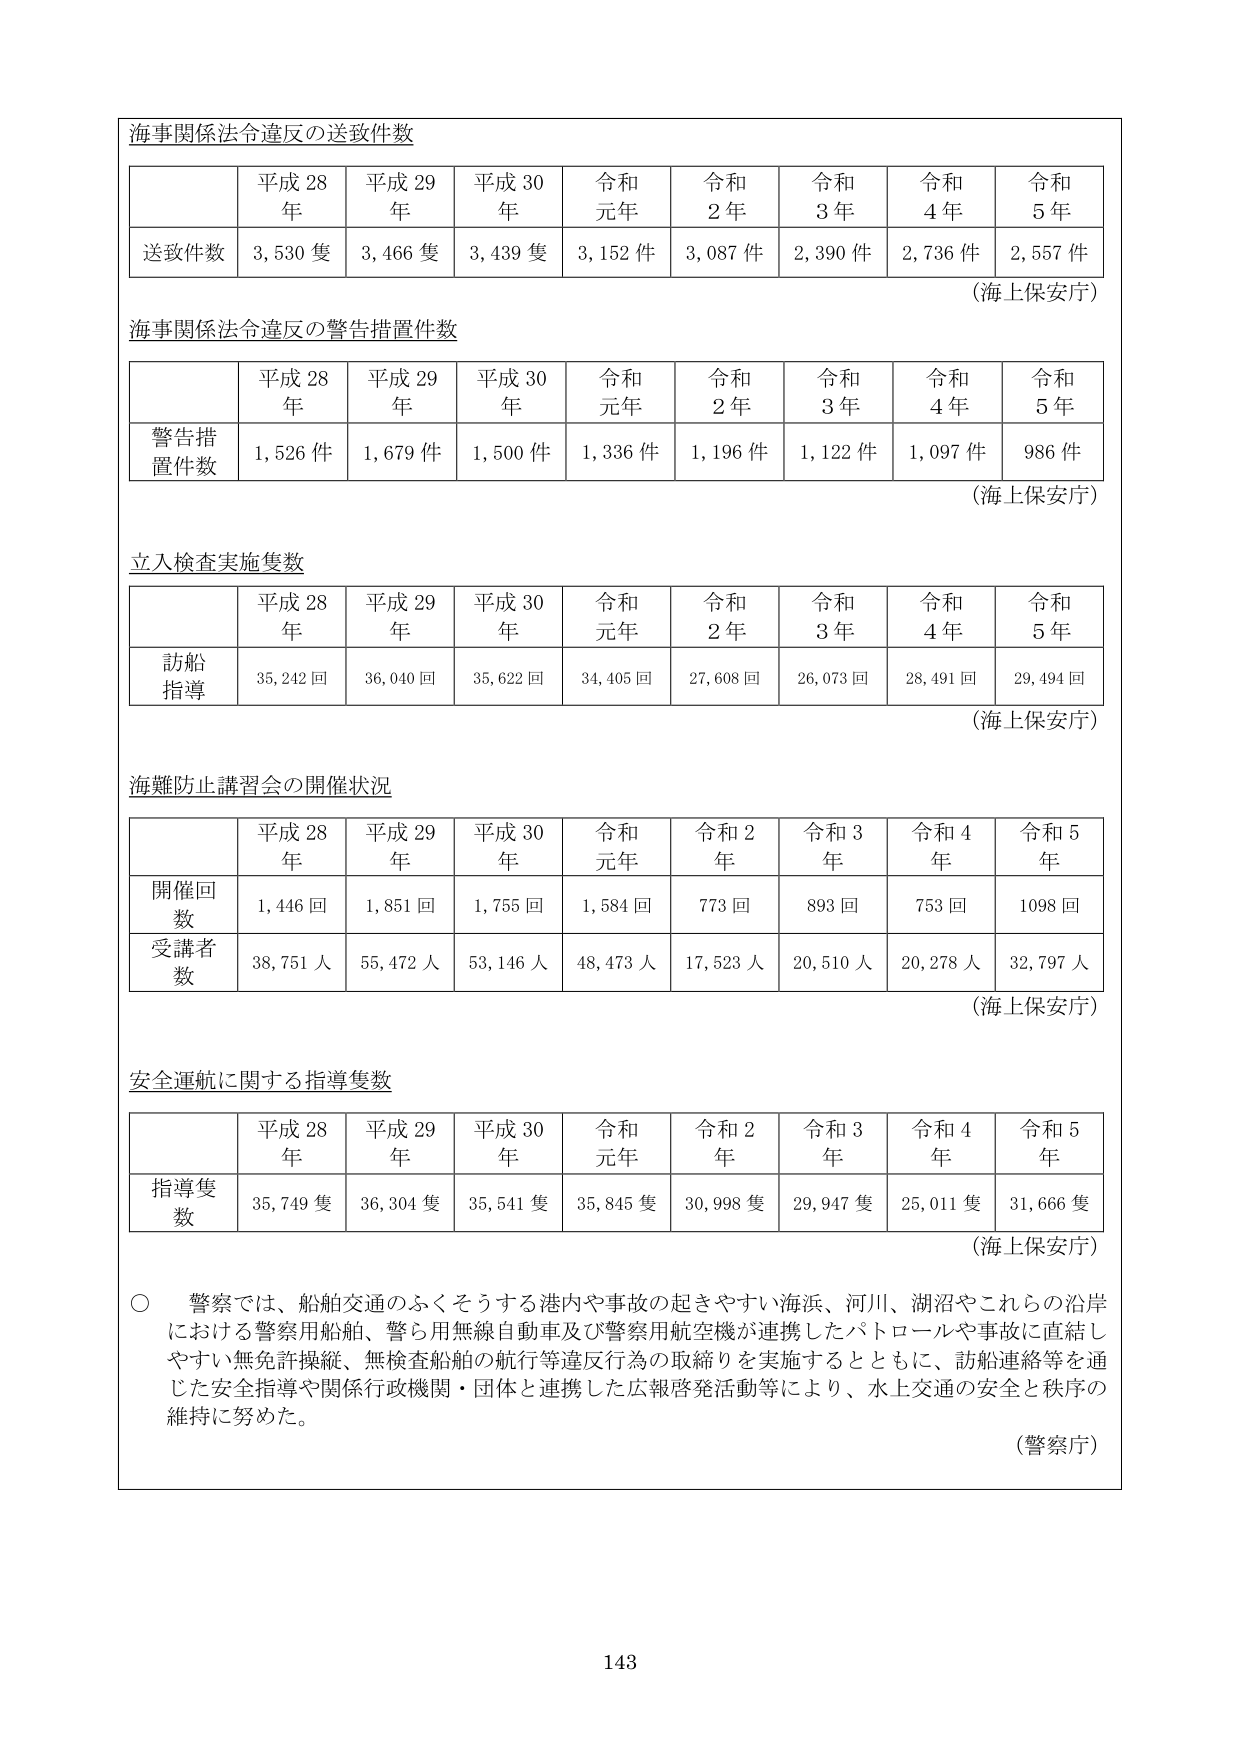
海事関係法令違反の送致件数

平成28年 平成29年 平成30年 令和元年 令和2年 令和3年 令和4年 令和5年
送致件数 3,530隻 3,466隻 3,439隻 3,152件 3,087件 2,390件 2,736件 2,557件
（海上保安庁）

海事関係法令違反の警告措置件数

平成28年 平成29年 平成30年 令和元年 令和2年 令和3年 令和4年 令和5年
警告措置件数 1,526件 1,679件 1,500件 1,336件 1,196件 1,122件 1,097件 986件
（海上保安庁）

立入検査実施隻数

平成28年 平成29年 平成30年 令和元年 令和2年 令和3年 令和4年 令和5年
訪船指導 35,242回 36,040回 35,622回 34,405回 27,608回 26,073回 28,491回 29,494回
（海上保安庁）

海難防止講習会の開催状況

平成28年 平成29年 平成30年 令和元年 令和2年 令和3年 令和4年 令和5年
開催回数 1,446回 1,851回 1,755回 1,584回 773回 893回 753回 1098回
受講者数 38,751人 55,472人 53,146人 48,473人 17,523人 20,510人 20,278人 32,797人
（海上保安庁）

安全運航に関する指導隻数

平成28年 平成29年 平成30年 令和元年 令和2年 令和3年 令和4年 令和5年
指導隻数 35,749隻 36,304隻 35,541隻 35,845隻 30,998隻 29,947隻 25,011隻 31,666隻
（海上保安庁）

○ 警察では、船舶交通のふくそうする港内や事故の起きやすい海浜、河川、湖沼やこれらの沿岸における警察用船舶、警ら用無線自動車及び警察用航空機が連携したパトロールや事故に直結しやすい無免許操縦、無検査船舶の航行等違反行為の取締りを実施するとともに、訪船連絡等を通じた安全指導や関係行政機関・団体と連携した広報啓発活動等により、水上交通の安全と秩序の維持に努めた。
（警察庁）

143